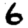
Digit: 6